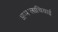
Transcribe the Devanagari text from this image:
अप्पालाचियाई